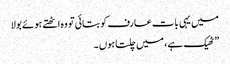
میں یہی بات عارف کو بتائی تو وہ اٹھتے ہوئے بولا
” ٹھیک ہے ، میں چلتا ہوں ۔